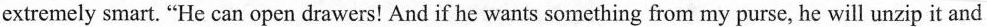
extremely smart. "He can open drawers! And if he wants something from my purse, he will unzip it and